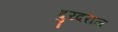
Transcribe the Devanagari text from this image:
दुरदराज